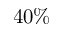
4 0 \%